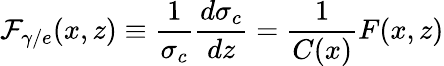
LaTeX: {\cal F}_{\gamma/e}(x,z)\equiv\frac{1}{\sigma_{c}}\frac{d\sigma_{c}}{dz}=\frac{1}{C(x)}F(x,z)